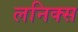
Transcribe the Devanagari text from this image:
लनिक्स